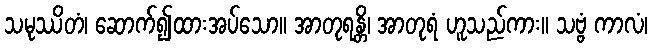
သမုဿိတံ၊ ဆောက်၍ထားအပ်သော။ အာတုရန္တိ၊ အာတုရံ ဟူသည်ကား။ သဗ္ဗံ ကာလံ၊